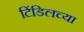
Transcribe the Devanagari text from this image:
टिंडिलच्या